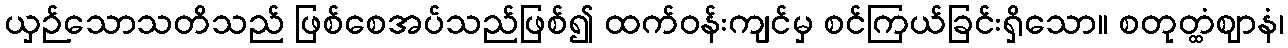
ယှဉ်သောသတိသည် ဖြစ်စေအပ်သည်ဖြစ်၍ ထက်ဝန်းကျင်မှ စင်ကြယ်ခြင်းရှိသော။ စတုတ္ထံဈာနံ၊